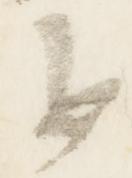
追